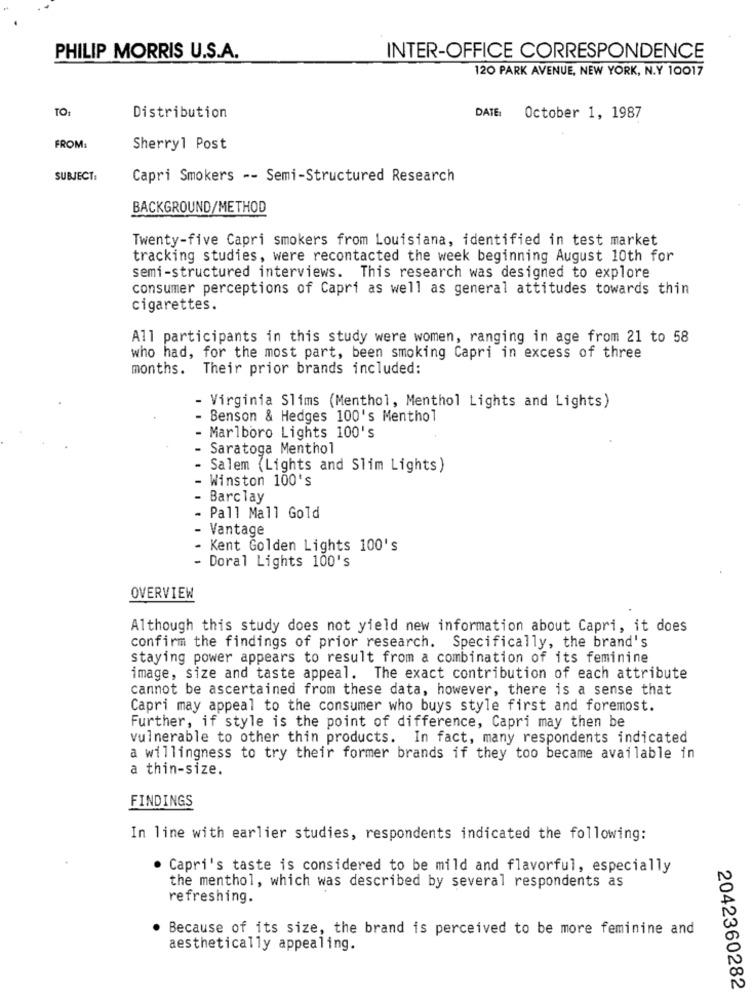
PHILIP MORRIS U.S.A.
INTER-OFFICE CORRESPONDENCE
120 PARK AVENUE, NEW YORK, N.Y 10017
TO:
Distribution
DATE: October 1, 1987
FROM:
Sherryl Post
SUBJECT:
Capri Smokers -- Semi-Structured Research
BACKGROUND/METHOD
Twenty-five Capri smokers from Louisiana, identified in test market
tracking studies, were recontacted the week beginning August 10th for
semi-structured interviews. This research was designed to explore
consumer perceptions of Capri as well as general attitudes towards thin
cigarettes.
All participants in this study were women, ranging in age from 21 to 58
who had, for the most part, been smoking Capri in excess of three
months. Their prior brands included:
- Virginia Slims (Menthol, Menthol Lights and Lights)
- Benson & Hedges 100's Menthol
- Marlboro Lights 100's
Saratoga Menthol
Salem (Lights and Slim Lights)
Winston 100's
Barclay
Pall Mall Gold
- Vantage
- Kent Golden Lights 100's
- Doral Lights 100's
OVERVIEW
Although this study does not yield new information about Capri, it does
confirm the findings of prior research. Specifically, the brand's
staying power appears to result from a combination of its feminine
image, size and taste appeal. The exact contribution of each attribute
cannot be ascertained from these data, however, there is a sense that
Capri may appeal to the consumer who buys style first and foremost.
Further, if style is the point of difference, Capri may then be
vulnerable to other thin products. In fact, many respondents indicated
a willingness to try their former brands if they too became available in
a thin-size.
FINDINGS
In line with earlier studies, respondents indicated the following:
Capri's taste is considered to be mild and flavorful, especially
the menthol, which was described by several respondents as
refreshing.
Because of its size, the brand is perceived to be more feminine and
aesthetically appealing.
2042360282